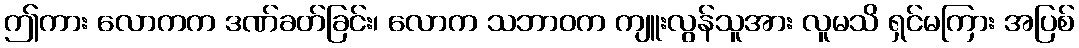
ဤကား လောကက ဒဏ်ခတ်ခြင်း၊ လောက သဘာဝက ကျူးလွန်သူအား လူမသိ ရှင်မကြား အပြစ်